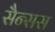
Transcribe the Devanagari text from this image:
सैन्सस